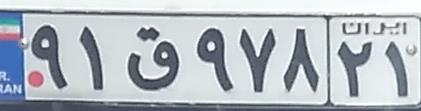
۹۱ق۹۷۸۲۱